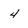
Character: 4